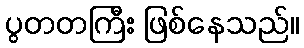
ပွတတကြီး ဖြစ်နေသည်။